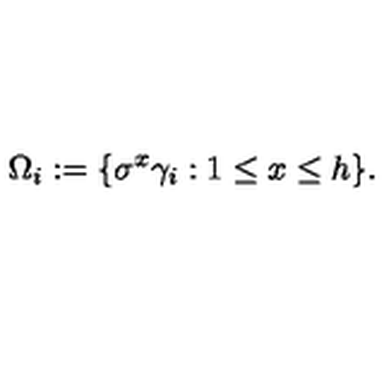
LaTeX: \Omega _ { i } : = \{ \sigma ^ { x } \gamma _ { i } : 1 \leq x \leq h \} .